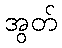
အွတ်